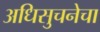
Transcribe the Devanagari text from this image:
अधिसुचनेचा